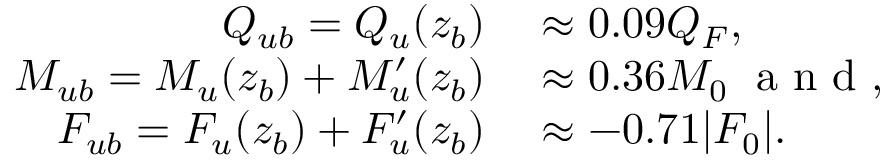
\begin{array} { r l } { Q _ { u b } = Q _ { u } ( z _ { b } ) } & { { } \approx 0 . 0 9 Q _ { F } , } \\ { M _ { u b } = M _ { u } ( z _ { b } ) + M _ { u } ^ { \prime } ( z _ { b } ) } & { { } \approx 0 . 3 6 M _ { 0 } \; \textrm { a n d } , } \\ { F _ { u b } = F _ { u } ( z _ { b } ) + F _ { u } ^ { \prime } ( z _ { b } ) } & { { } \approx - 0 . 7 1 | F _ { 0 } | . } \end{array}